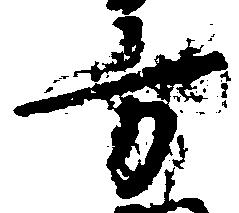
方